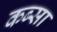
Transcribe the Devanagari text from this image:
कब्सा